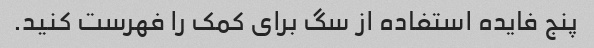
پنج فایده استفاده از سگ برای کمک را فهرست کنید.